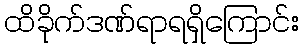
ထိခိုက်ဒဏ်ရာရရှိကြောင်း